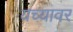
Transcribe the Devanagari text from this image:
यच्यावर